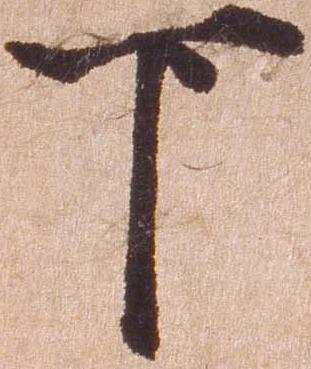
下